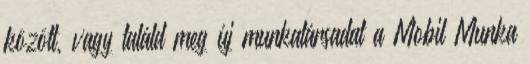
között, vagy találd meg új munkatársadat a Mobil Munka